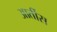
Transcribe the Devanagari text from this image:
आर्तीस